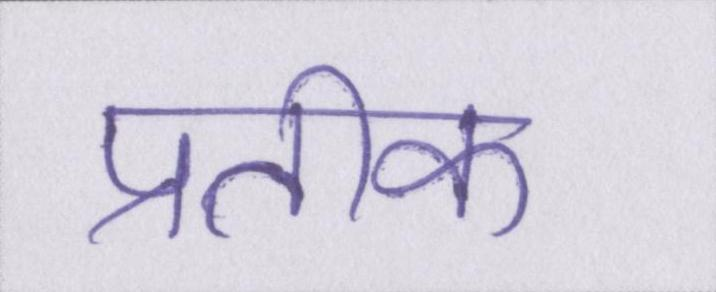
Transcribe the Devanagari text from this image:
प्रतीक